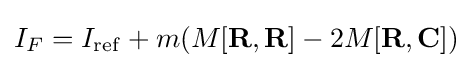
I_{F}=I_{\mathrm {ref} }+m(M[\mathbf {R} ,\mathbf {R} ]-2M[\mathbf {R} ,\mathbf {C} ])